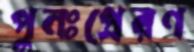
পুনঃপ্রেরণ